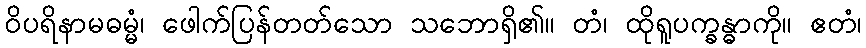
ဝိပရိနာမဓမ္မံ၊ ဖေါက်ပြန်တတ်သော သဘောရှိ၏။ တံ၊ ထိုရူပက္ခန္ဓာကို။ ဧတံ၊